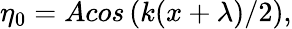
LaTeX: \eta_{0}=Acos\left(k(x+\lambda)/2\right),